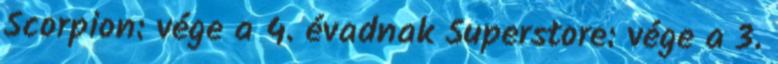
Scorpion: vége a 4. évadnak Superstore: vége a 3.